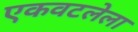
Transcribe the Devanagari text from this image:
एकवटलेला